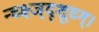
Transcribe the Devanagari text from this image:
न्च्क्ष्ज्द्शूच्ग्।